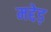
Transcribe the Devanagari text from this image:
मद्देड़